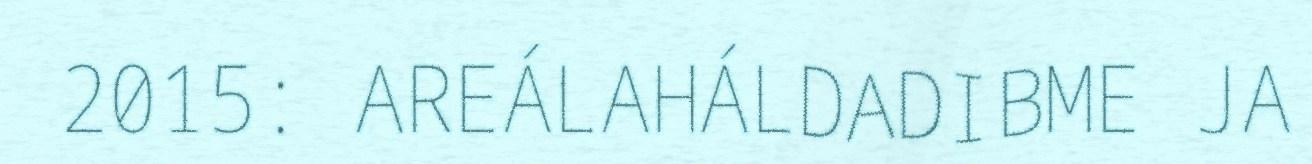
2015: AREÁLAHÁLDADIBME JA